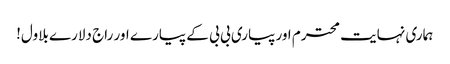
ہماری نہایت محترم اور پیاری بی بی کے پیارے اور راج دلارے بلاول!